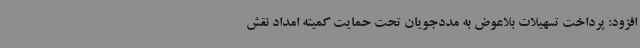
افزود: پرداخت تسهیلات بلاعوض به مددجویان تحت حمایت کمیته امداد نقش